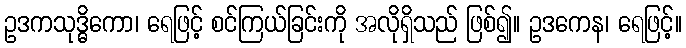
ဥဒကသုဒ္ဓိကော၊ ရေဖြင့် စင်ကြယ်ခြင်းကို အလိုရှိသည် ဖြစ်၍။ ဥဒကေန၊ ရေဖြင့်။